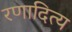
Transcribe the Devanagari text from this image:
रणादित्य